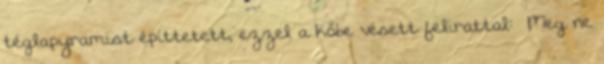
téglapyramist építtetett, ezzel a kőbe vésett felirattal: «Meg ne